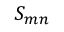
S _ { m n }